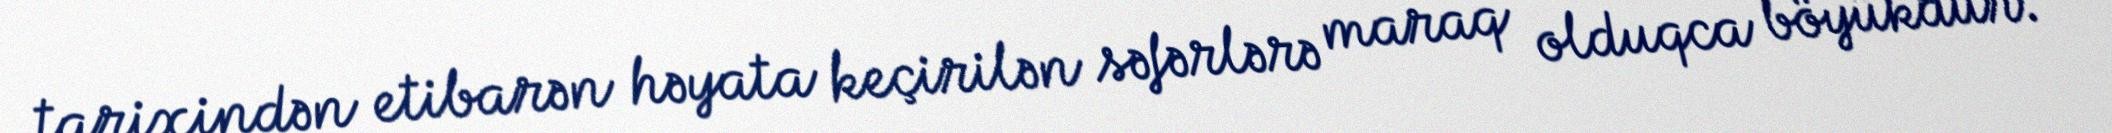
tarixindən etibarən həyata keçirilən səfərlərə maraq olduqca böyükdür.